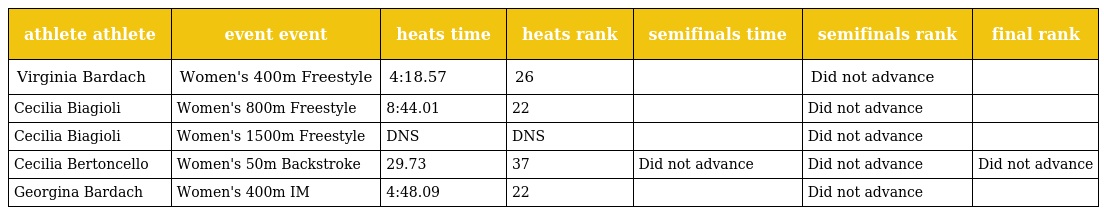
| athlete athlete | event event | heats time | heats rank | semifinals time | semifinals rank | final rank |
 | --- | --- | --- | --- | --- | --- | --- |
 | Virginia Bardach | Women's 400m Freestyle | 4:18.57 | 26 |  | Did not advance |  |
 | Cecilia Biagioli | Women's 800m Freestyle | 8:44.01 | 22 |  | Did not advance |  |
 | Cecilia Biagioli | Women's 1500m Freestyle | DNS | DNS |  | Did not advance |  |
 | Cecilia Bertoncello | Women's 50m Backstroke | 29.73 | 37 | Did not advance | Did not advance | Did not advance |
 | Georgina Bardach | Women's 400m IM | 4:48.09 | 22 |  | Did not advance |  |